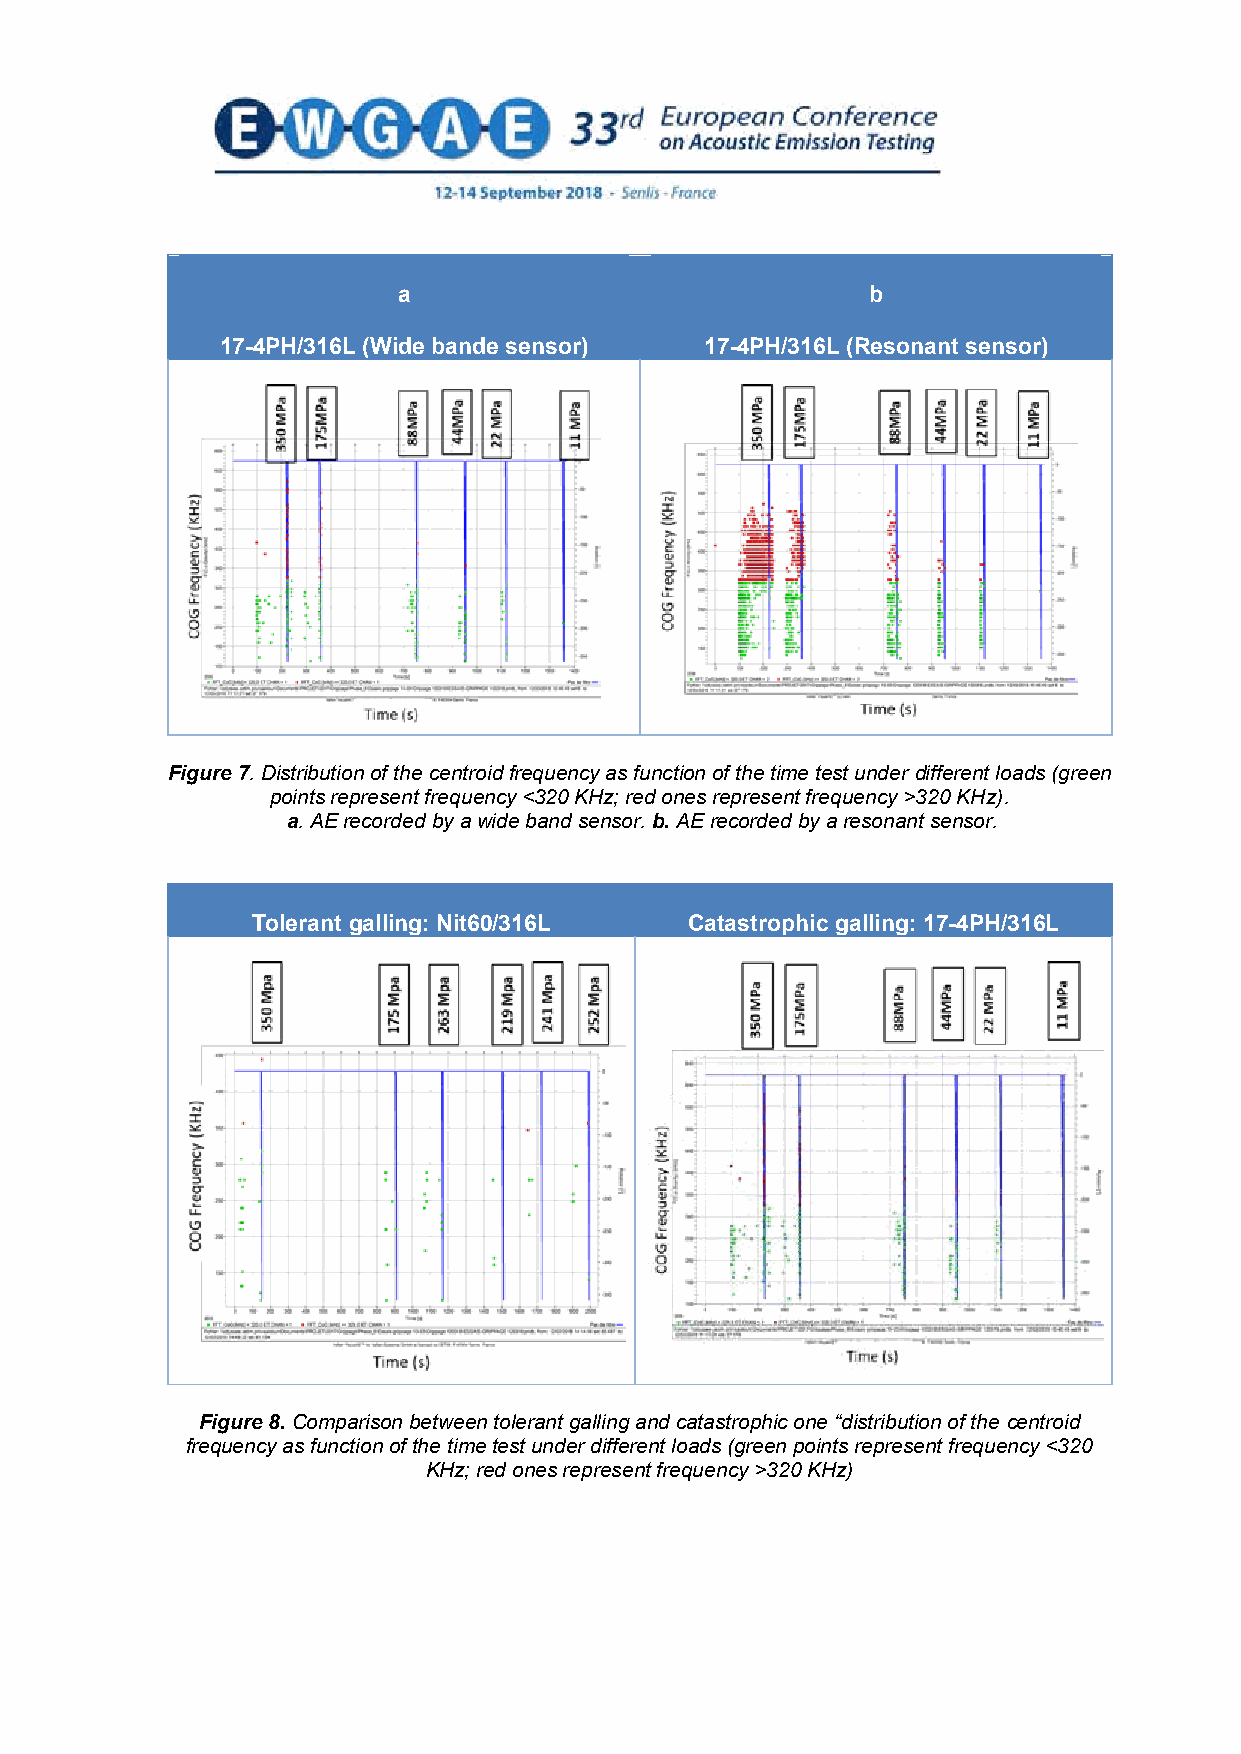
a                               b
 17-4PH/316L (Wide bande sensor) 17-4PH/316L (Resonant sensor)
 Figure 7. Distribution of the centroid frequency as function of the time test under different loads (green
 points represent frequency <320 KHz; red ones represent frequency >320 KHz).
 a. AE recorded by a wide band sensor. b. AE recorded by a resonant sensor.
 Tolerant galling: Nit60/316L Catastrophic galling: 17-4PH/316L
 Figure 8. Comparison between tolerant galling and catastrophic one “distribution of the centroid
 frequency as function of the time test under different loads (green points represent frequency <320
 KHz; red ones represent frequency >320 KHz)
 8